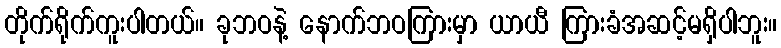
တိုက်ရိုက်ကူးပါတယ်။ ခုဘဝနဲ့ နောက်ဘဝကြားမှာ ယာယီ ကြားခံအဆင့်မရှိပါဘူး။